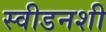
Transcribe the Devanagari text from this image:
स्वीडनशी